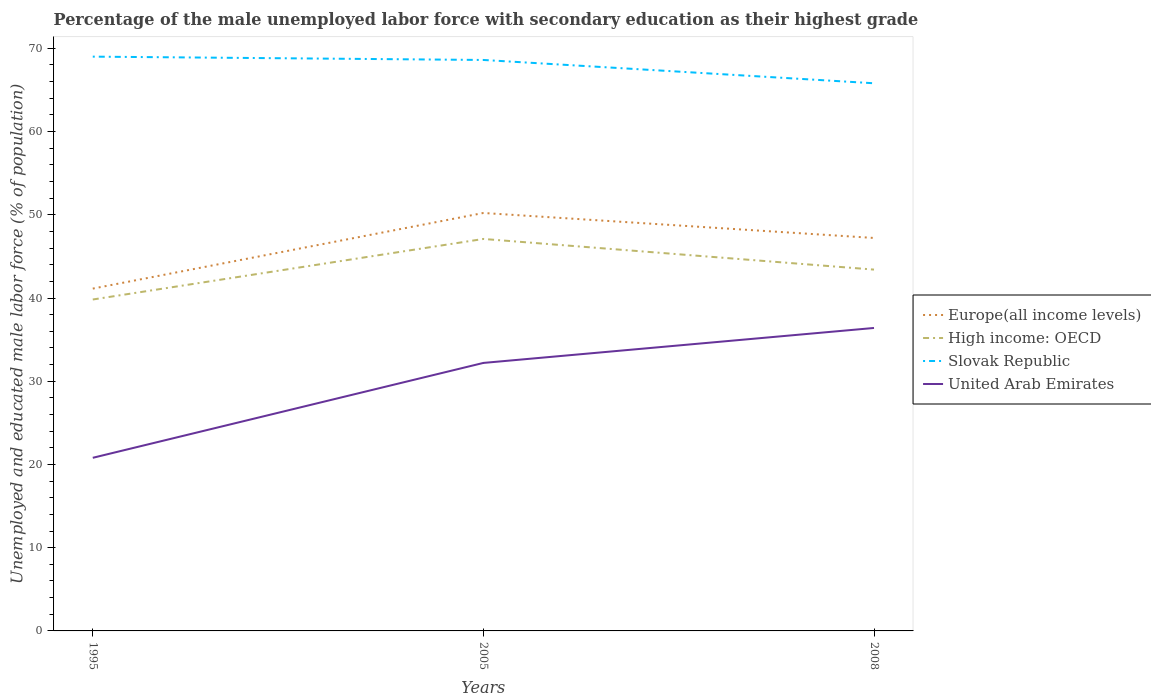
| Years | Europe(all income levels) | High income: OECD | Slovak Republic | United Arab Emirates |
 | --- | --- | --- | --- | --- |
 | 1995 | 41.1 | 39.8 | 69 | 20.8 |
 | 2005 | 50.2 | 47.1 | 68.6 | 32.2 |
 | 2008 | 47.2 | 43.4 | 65.8 | 36.4 |